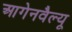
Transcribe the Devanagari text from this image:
आगेनवैल्यू